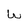
Character: w